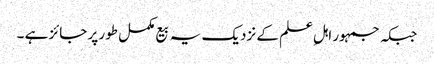
جبکہ جمہور اہلِ علم کے نزدیک یہ بیع مکمل طور پر جائز ہے ۔